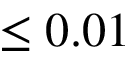
\leq 0 . 0 1